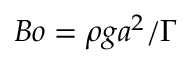
B o = \rho { g } a ^ { 2 } / \Gamma